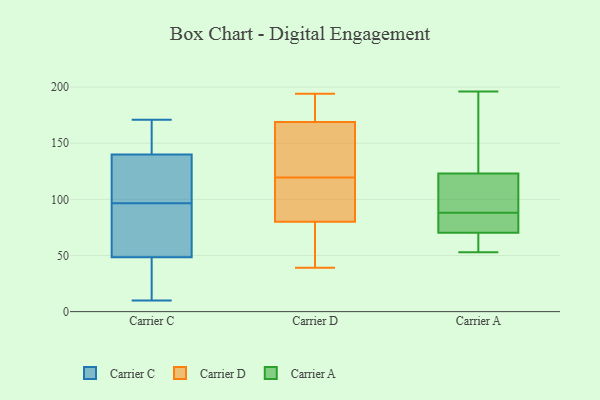
{"axis": {"x": "Gross Profit (USD K)", "y": "Value"}, "legend": ["Carrier A", "Carrier C", "Carrier D"], "data": [{"x": "", "y": 85, "type": "Carrier C"}, {"x": "", "y": 171, "type": "Carrier C"}, {"x": "", "y": 161, "type": "Carrier C"}, {"x": "", "y": 36, "type": "Carrier C"}, {"x": "", "y": 125, "type": "Carrier C"}, {"x": "", "y": 60, "type": "Carrier C"}, {"x": "", "y": 81, "type": "Carrier C"}, {"x": "", "y": 159, "type": "Carrier C"}, {"x": "", "y": 19, "type": "Carrier C"}, {"x": "", "y": 37, "type": "Carrier C"}, {"x": "", "y": 108, "type": "Carrier C"}, {"x": "", "y": 131, "type": "Carrier C"}, {"x": "", "y": 129, "type": "Carrier C"}, {"x": "", "y": 69, "type": "Carrier C"}, {"x": "", "y": 149, "type": "Carrier C"}, {"x": "", "y": 10, "type": "Carrier C"}, {"x": "", "y": 104, "type": "Carrier D"}, {"x": "", "y": 39, "type": "Carrier D"}, {"x": "", "y": 94, "type": "Carrier D"}, {"x": "", "y": 106, "type": "Carrier D"}, {"x": "", "y": 170, "type": "Carrier D"}, {"x": "", "y": 194, "type": "Carrier D"}, {"x": "", "y": 80, "type": "Carrier D"}, {"x": "", "y": 150, "type": "Carrier D"}, {"x": "", "y": 46, "type": "Carrier D"}, {"x": "", "y": 175, "type": "Carrier D"}, {"x": "", "y": 133, "type": "Carrier D"}, {"x": "", "y": 169, "type": "Carrier D"}, {"x": "", "y": 149, "type": "Carrier D"}, {"x": "", "y": 68, "type": "Carrier D"}, {"x": "", "y": 120, "type": "Carrier A"}, {"x": "", "y": 66, "type": "Carrier A"}, {"x": "", "y": 64, "type": "Carrier A"}, {"x": "", "y": 83, "type": "Carrier A"}, {"x": "", "y": 124, "type": "Carrier A"}, {"x": "", "y": 84, "type": "Carrier A"}, {"x": "", "y": 88, "type": "Carrier A"}, {"x": "", "y": 53, "type": "Carrier A"}, {"x": "", "y": 113, "type": "Carrier A"}, {"x": "", "y": 196, "type": "Carrier A"}, {"x": "", "y": 175, "type": "Carrier A"}]}